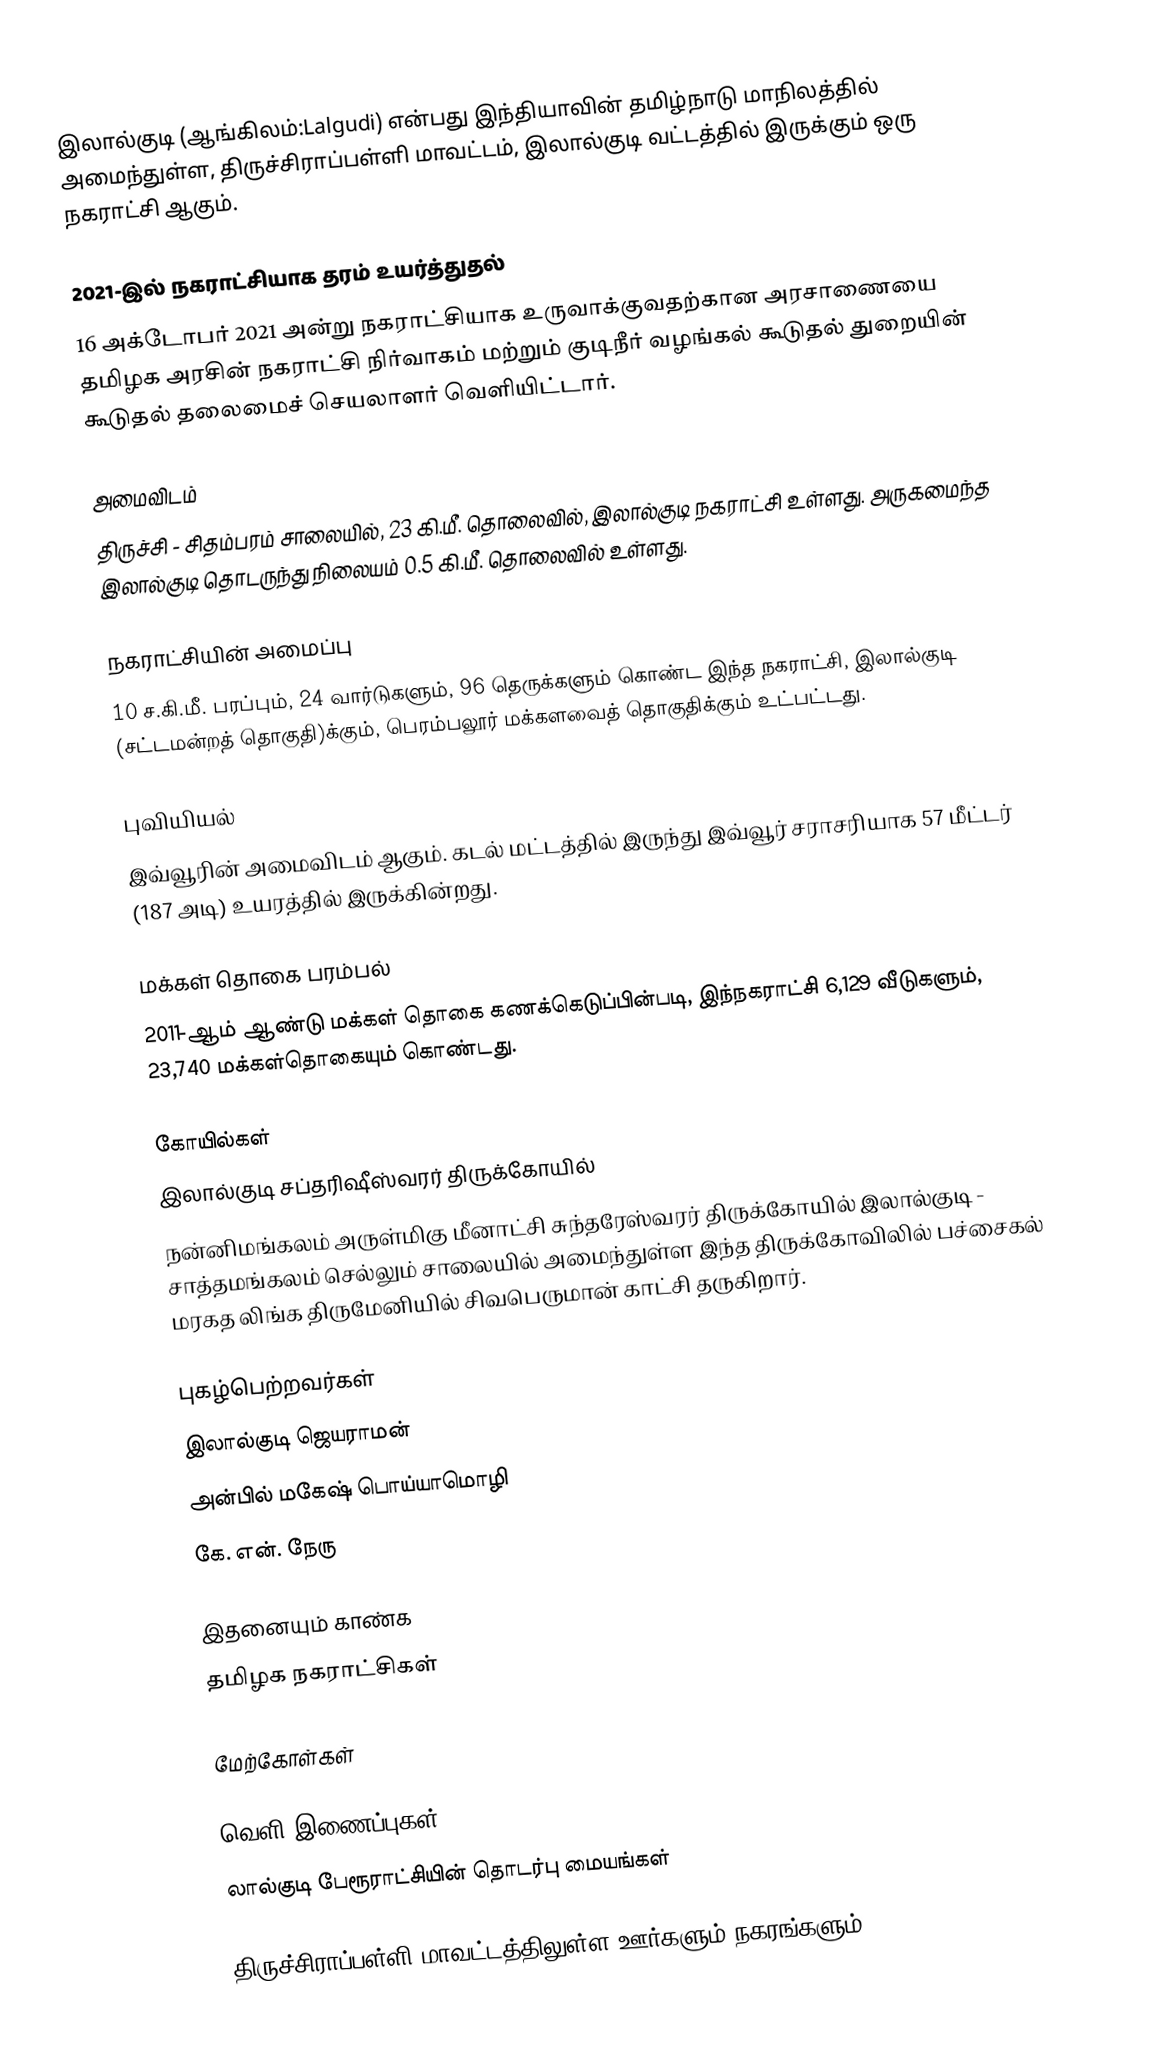
இலால்குடி (ஆங்கிலம்:Lalgudi) என்பது இந்தியாவின் தமிழ்நாடு மாநிலத்தில் அமைந்துள்ள, திருச்சிராப்பள்ளி மாவட்டம், இலால்குடி வட்டத்தில் இருக்கும் ஒரு நகராட்சி ஆகும்.

2021-இல் நகராட்சியாக தரம் உயர்த்துதல்
16 அக்டோபர் 2021 அன்று நகராட்சியாக உருவாக்குவதற்கான அரசாணையை தமிழக அரசின் நகராட்சி நிர்வாகம் மற்றும் குடிநீர் வழங்கல் கூடுதல் துறையின் கூடுதல் தலைமைச் செயலாளர் வெளியிட்டார்.

அமைவிடம்
திருச்சி - சிதம்பரம் சாலையில், 23 கி.மீ. தொலைவில், இலால்குடி நகராட்சி உள்ளது. அருகமைந்த இலால்குடி தொடருந்து நிலையம் 0.5  கி.மீ. தொலைவில் உள்ளது.

நகராட்சியின் அமைப்பு
10 ச.கி.மீ. பரப்பும், 24 வார்டுகளும், 96 தெருக்களும் கொண்ட இந்த நகராட்சி, இலால்குடி (சட்டமன்றத் தொகுதி)க்கும், பெரம்பலூர் மக்களவைத் தொகுதிக்கும் உட்பட்டது.

புவியியல்
இவ்வூரின் அமைவிடம்  ஆகும். கடல் மட்டத்தில் இருந்து இவ்வூர் சராசரியாக 57 மீட்டர் (187 அடி) உயரத்தில் இருக்கின்றது.

மக்கள் தொகை பரம்பல்
2011-ஆம் ஆண்டு மக்கள் தொகை கணக்கெடுப்பின்படி, இந்நகராட்சி 6,129  வீடுகளும், 23,740 மக்கள்தொகையும் கொண்டது.

கோயில்கள்
 இலால்குடி சப்தரிஷீஸ்வரர் திருக்கோயில்
 நன்னிமங்கலம் அருள்மிகு மீனாட்சி சுந்தரேஸ்வரர் திருக்கோயில் இலால்குடி - சாத்தமங்கலம் செல்லும் சாலையில் அமைந்துள்ள இந்த திருக்கோவிலில் பச்சைகல் மரகத லிங்க திருமேனியில் சிவபெருமான் காட்சி தருகிறார்.

புகழ்பெற்றவர்கள்
 இலால்குடி ஜெயராமன்
 அன்பில் மகேஷ் பொய்யாமொழி
 கே. என். நேரு

இதனையும் காண்க
தமிழக நகராட்சிகள்

மேற்கோள்கள்

வெளி இணைப்புகள்
 லால்குடி பேரூராட்சியின் தொடர்பு மையங்கள்

திருச்சிராப்பள்ளி மாவட்டத்திலுள்ள ஊர்களும் நகரங்களும்